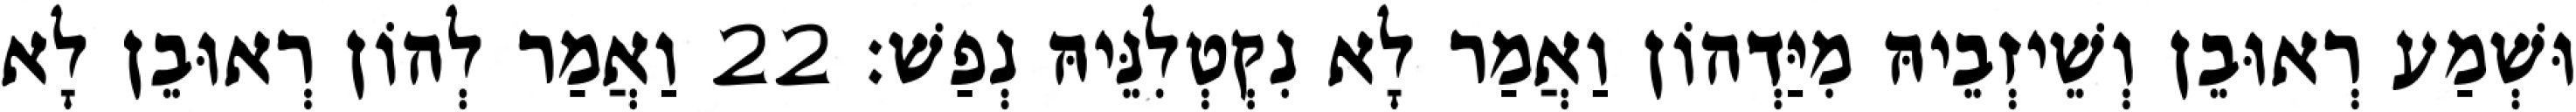
וּשְׁמַע רְאוּבֵן וְשֵׁיזְבֵיהּ מִיַּדְהוֹן וַאֲמַר לָא נִקְטְלִנֵּיהּ נְפַשׁ׃ 22 וַאֲמַר לְהוֹן רְאוּבֵן לָא